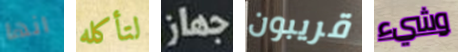
انها لتأكله جهاز قريبون وشيء